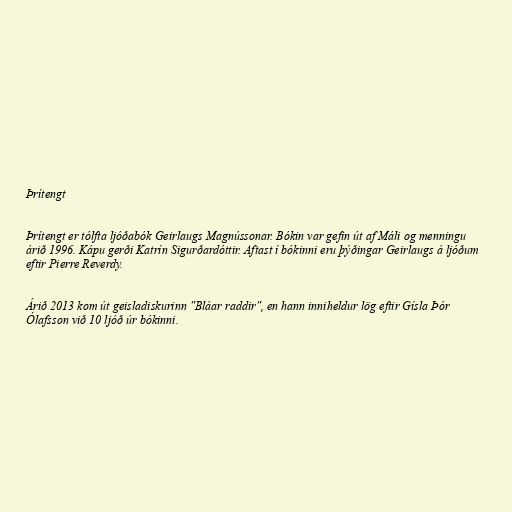
Þrítengt

Þrítengt er tólfta ljóðabók Geirlaugs Magnússonar. Bókin var gefin út af Máli og menningu
árið 1996. Kápu gerði Katrín Sigurðardóttir. Aftast í bókinni eru þýðingar Geirlaugs á ljóðum
eftir Pierre Reverdy.

Árið 2013 kom út geisladiskurinn "Bláar raddir", en hann inniheldur lög eftir Gísla Þór
Ólafsson við 10 ljóð úr bókinni.